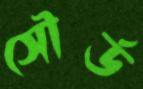
সৌর্ড